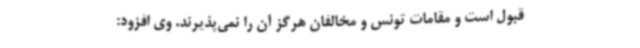
قبول است و مقامات تونس و مخالفان هرگز آن را نمی‌پذیرند. وی افزود: